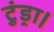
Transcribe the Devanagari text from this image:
टुंड्रा।